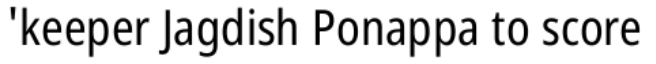
'keeper Jagdish Ponappa to score